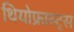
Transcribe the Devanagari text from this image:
थियोफ्रास्ट्स